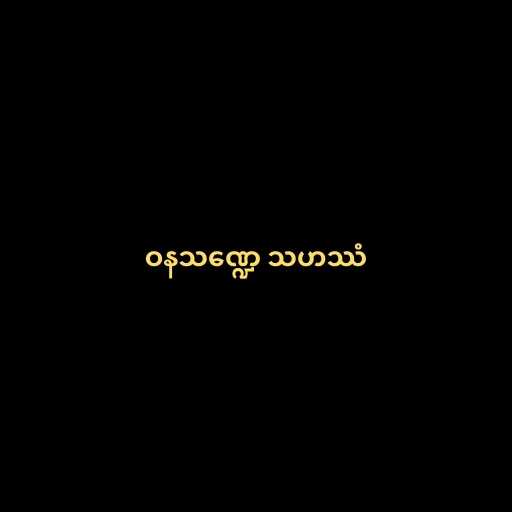
ဝနသဏ္ဍေ သဟဿံ